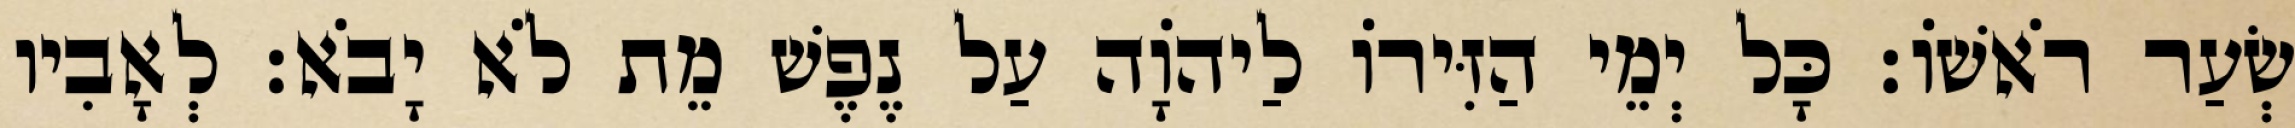
שְׂעַר רֹאשׁוֹ׃ כָּל יְמֵי הַזִּירוֹ לַיהוָֹה עַל נֶפֶשׁ מֵת לֹא יָבֹא׃ לְאָבִיו